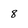
Character: 8